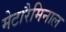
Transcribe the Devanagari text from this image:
मेटारैमिनाल